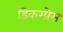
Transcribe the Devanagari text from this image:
डिकम्प्रेस